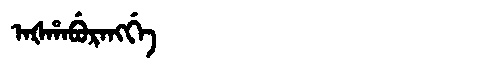
Manchu: ᠠᡧᡥᠠᠪᡠᡵᠠᠩᡤᡝ
Romanization: AŠHABURANGGE